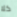
كلا